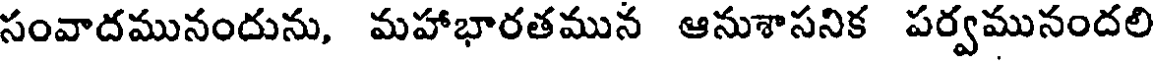
సంవాదమునందును, మహాభారతమున ఆనుశాసనిక పర్వమునందలి